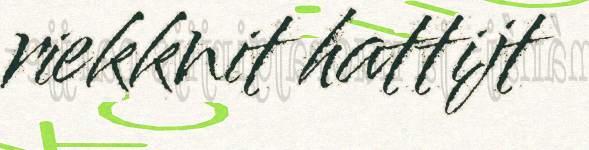
riekknit hattijt